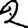
Digit: 2